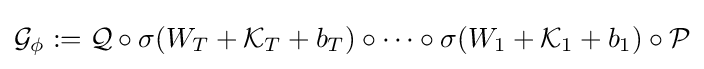
{\mathcal {G}}_{\phi }:={\mathcal {Q}}\circ \sigma (W_{T}+{\mathcal {K}}_{T}+b_{T})\circ \cdots \circ \sigma (W_{1}+{\mathcal {K}}_{1}+b_{1})\circ {\mathcal {P}}